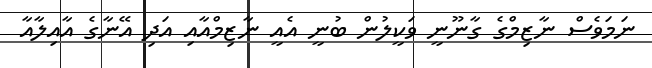
ނަމަވެސް ނާޒިމްގެ ގާނޫނީ ވަކީލުން ބުނީ އެއީ ނާޒިމްއާއި އަދި އޭނާގެ އާއިލާއާ